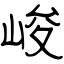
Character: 峻